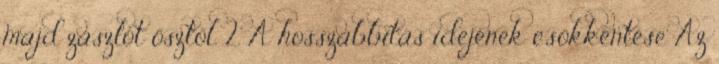
majd zászlót ősztől. 2. A hosszabbítás idejének csökkentése Az